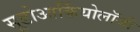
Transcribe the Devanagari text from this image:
सूडोआर्कियोलॉजी